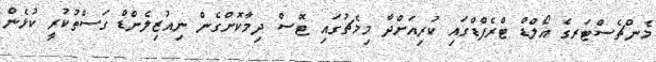
މެންޗެސްޓަރގެ އޯލްޑް ޓްރެފްޑްގައި ކުރިއަށްދާ މިމެޗުގައި ޓޮސް ދިމާކޮށްގެން ނިއުޒިލެންޑް ގަސްތުކުރީ ކުޅެން